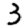
Digit: 3